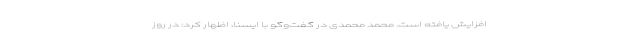
افزایش یافته است. محمد محمدی در گفت‌وگو با ایسنا، اظهار کرد: در روز